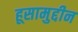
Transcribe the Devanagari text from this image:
हूसामुद्दीन